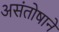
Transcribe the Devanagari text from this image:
असंतोषाने